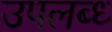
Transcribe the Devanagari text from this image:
उपलब्ध्‍